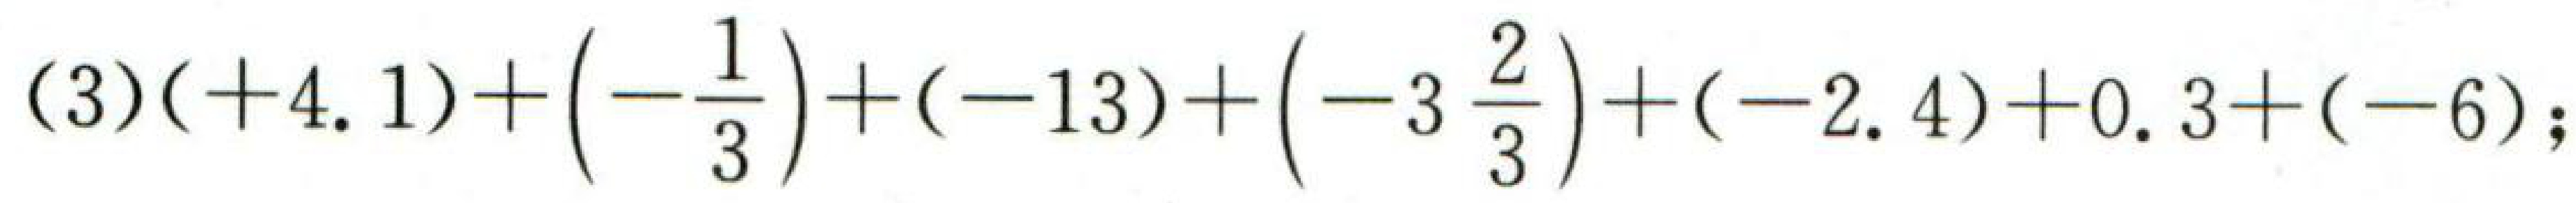
$(3)( + 4.1)+\left(-\dfrac{1}{3}\right)+(-13)+\left(-3\dfrac{2}{3}\right)+(-2.4)+0.3+(-6);$